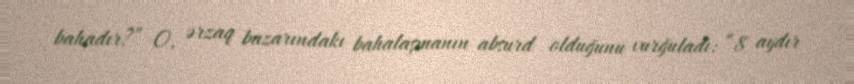
bahadır?” O, ərzaq bazarındakı bahalaşmanın absurd olduğunu vurğuladı: “8 aydır